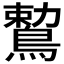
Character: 𪃠